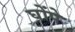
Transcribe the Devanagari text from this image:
घोंपे